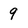
Character: 9